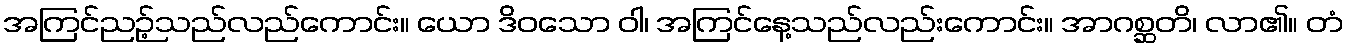
အကြင်ညဉ့်သည်လည်ကောင်း။ ယော ဒိဝသော ဝါ၊ အကြင်နေ့သည်လည်းကောင်း။ အာဂစ္ဆတိ၊ လာ၏။ တံ